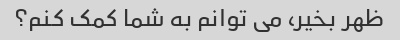
ظهر بخیر، می توانم به شما کمک کنم؟